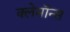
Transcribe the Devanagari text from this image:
क्लेमॉन्स